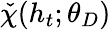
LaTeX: \check{\chi}(h_{t};\theta_{D})